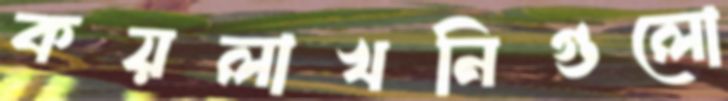
কয়লাখনিগুলো